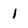
Character: 1